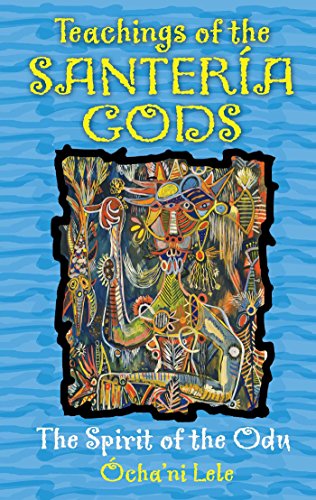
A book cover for Teachings of the SanterÃ­a Gods: The Spirit of the Odu; ÃEcha'ni Lele; Religion & Spirituality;